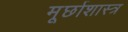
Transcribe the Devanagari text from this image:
मूर्छाशास्त्र